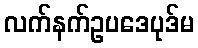
လက်နက်ဥပဒေပုဒ်မ